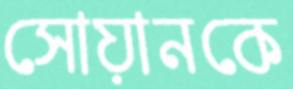
সোয়ানকে